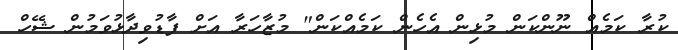
ކުރާ ކަމެއް ނޫންކަން މުޅިން އެހެން ކަމެއްކަން" މުޒާހަރާ އަށް ފާޑުވިދާޅުވަމުން ޝޭހް